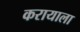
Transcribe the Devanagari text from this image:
करायाला